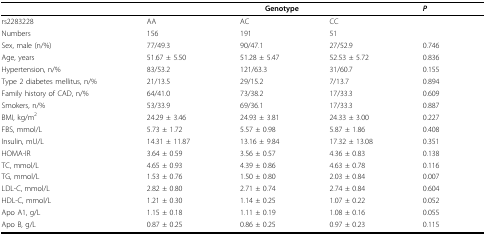
|  | <COLSPAN=3> Genotype | P |
 | --- | --- | --- | --- | --- |
 | rs2283228 | AA | AC | CC |  |
 | Numbers | 156 | 191 | 51 |  |
 | Sex, male (n/%) | 77/49.3 | 90/47.1 | 27/52.9 | 0.746 |
 | Age, years | 51.67 ± 5.50 | 51.28 ± 5.47 | 52.53 ± 5.72 | 0.836 |
 | Hypertension, n/% | 83/53.2 | 121/63.3 | 31/60.7 | 0.155 |
 | Type 2 diabetes mellitus, n/% | 21/13.5 | 29/15.2 | 7/13.7 | 0.894 |
 | Family history of CAD, n/% | 64/41.0 | 73/38.2 | 17/33.3 | 0.609 |
 | Smokers, n/% | 53/33.9 | 69/36.1 | 17/33.3 | 0.887 |
 | BMI, kg/m2 | 24.29 ± 3.46 | 24.93 ± 3.81 | 24.33 ± 3.00 | 0.227 |
 | FBS, mmol/L | 5.73 ± 1.72 | 5.57 ± 0.98 | 5.87 ± 1.86 | 0.408 |
 | Insulin, mU/L | 14.31 ± 11.87 | 13.16 ± 9.84 | 17.32 ± 13.08 | 0.351 |
 | HOMA-IR | 3.64 ± 0.59 | 3.56 ± 0.57 | 4.36 ± 0.83 | 0.138 |
 | TC, mmol/L | 4.65 ± 0.93 | 4.39 ± 0.86 | 4.63 ± 0.78 | 0.116 |
 | TG, mmol/L | 1.53 ± 0.76 | 1.50 ± 0.80 | 2.03 ± 0.84 | 0.007 |
 | LDL-C, mmol/L | 2.82 ± 0.80 | 2.71 ± 0.74 | 2.74 ± 0.84 | 0.604 |
 | HDL-C, mmol/L | 1.21 ± 0.30 | 1.14 ± 0.25 | 1.07 ± 0.22 | 0.052 |
 | Apo A1, g/L | 1.15 ± 0.18 | 1.11 ± 0.19 | 1.08 ± 0.16 | 0.055 |
 | Apo B, g/L | 0.87 ± 0.25 | 0.86 ± 0.25 | 0.97 ± 0.23 | 0.115 |